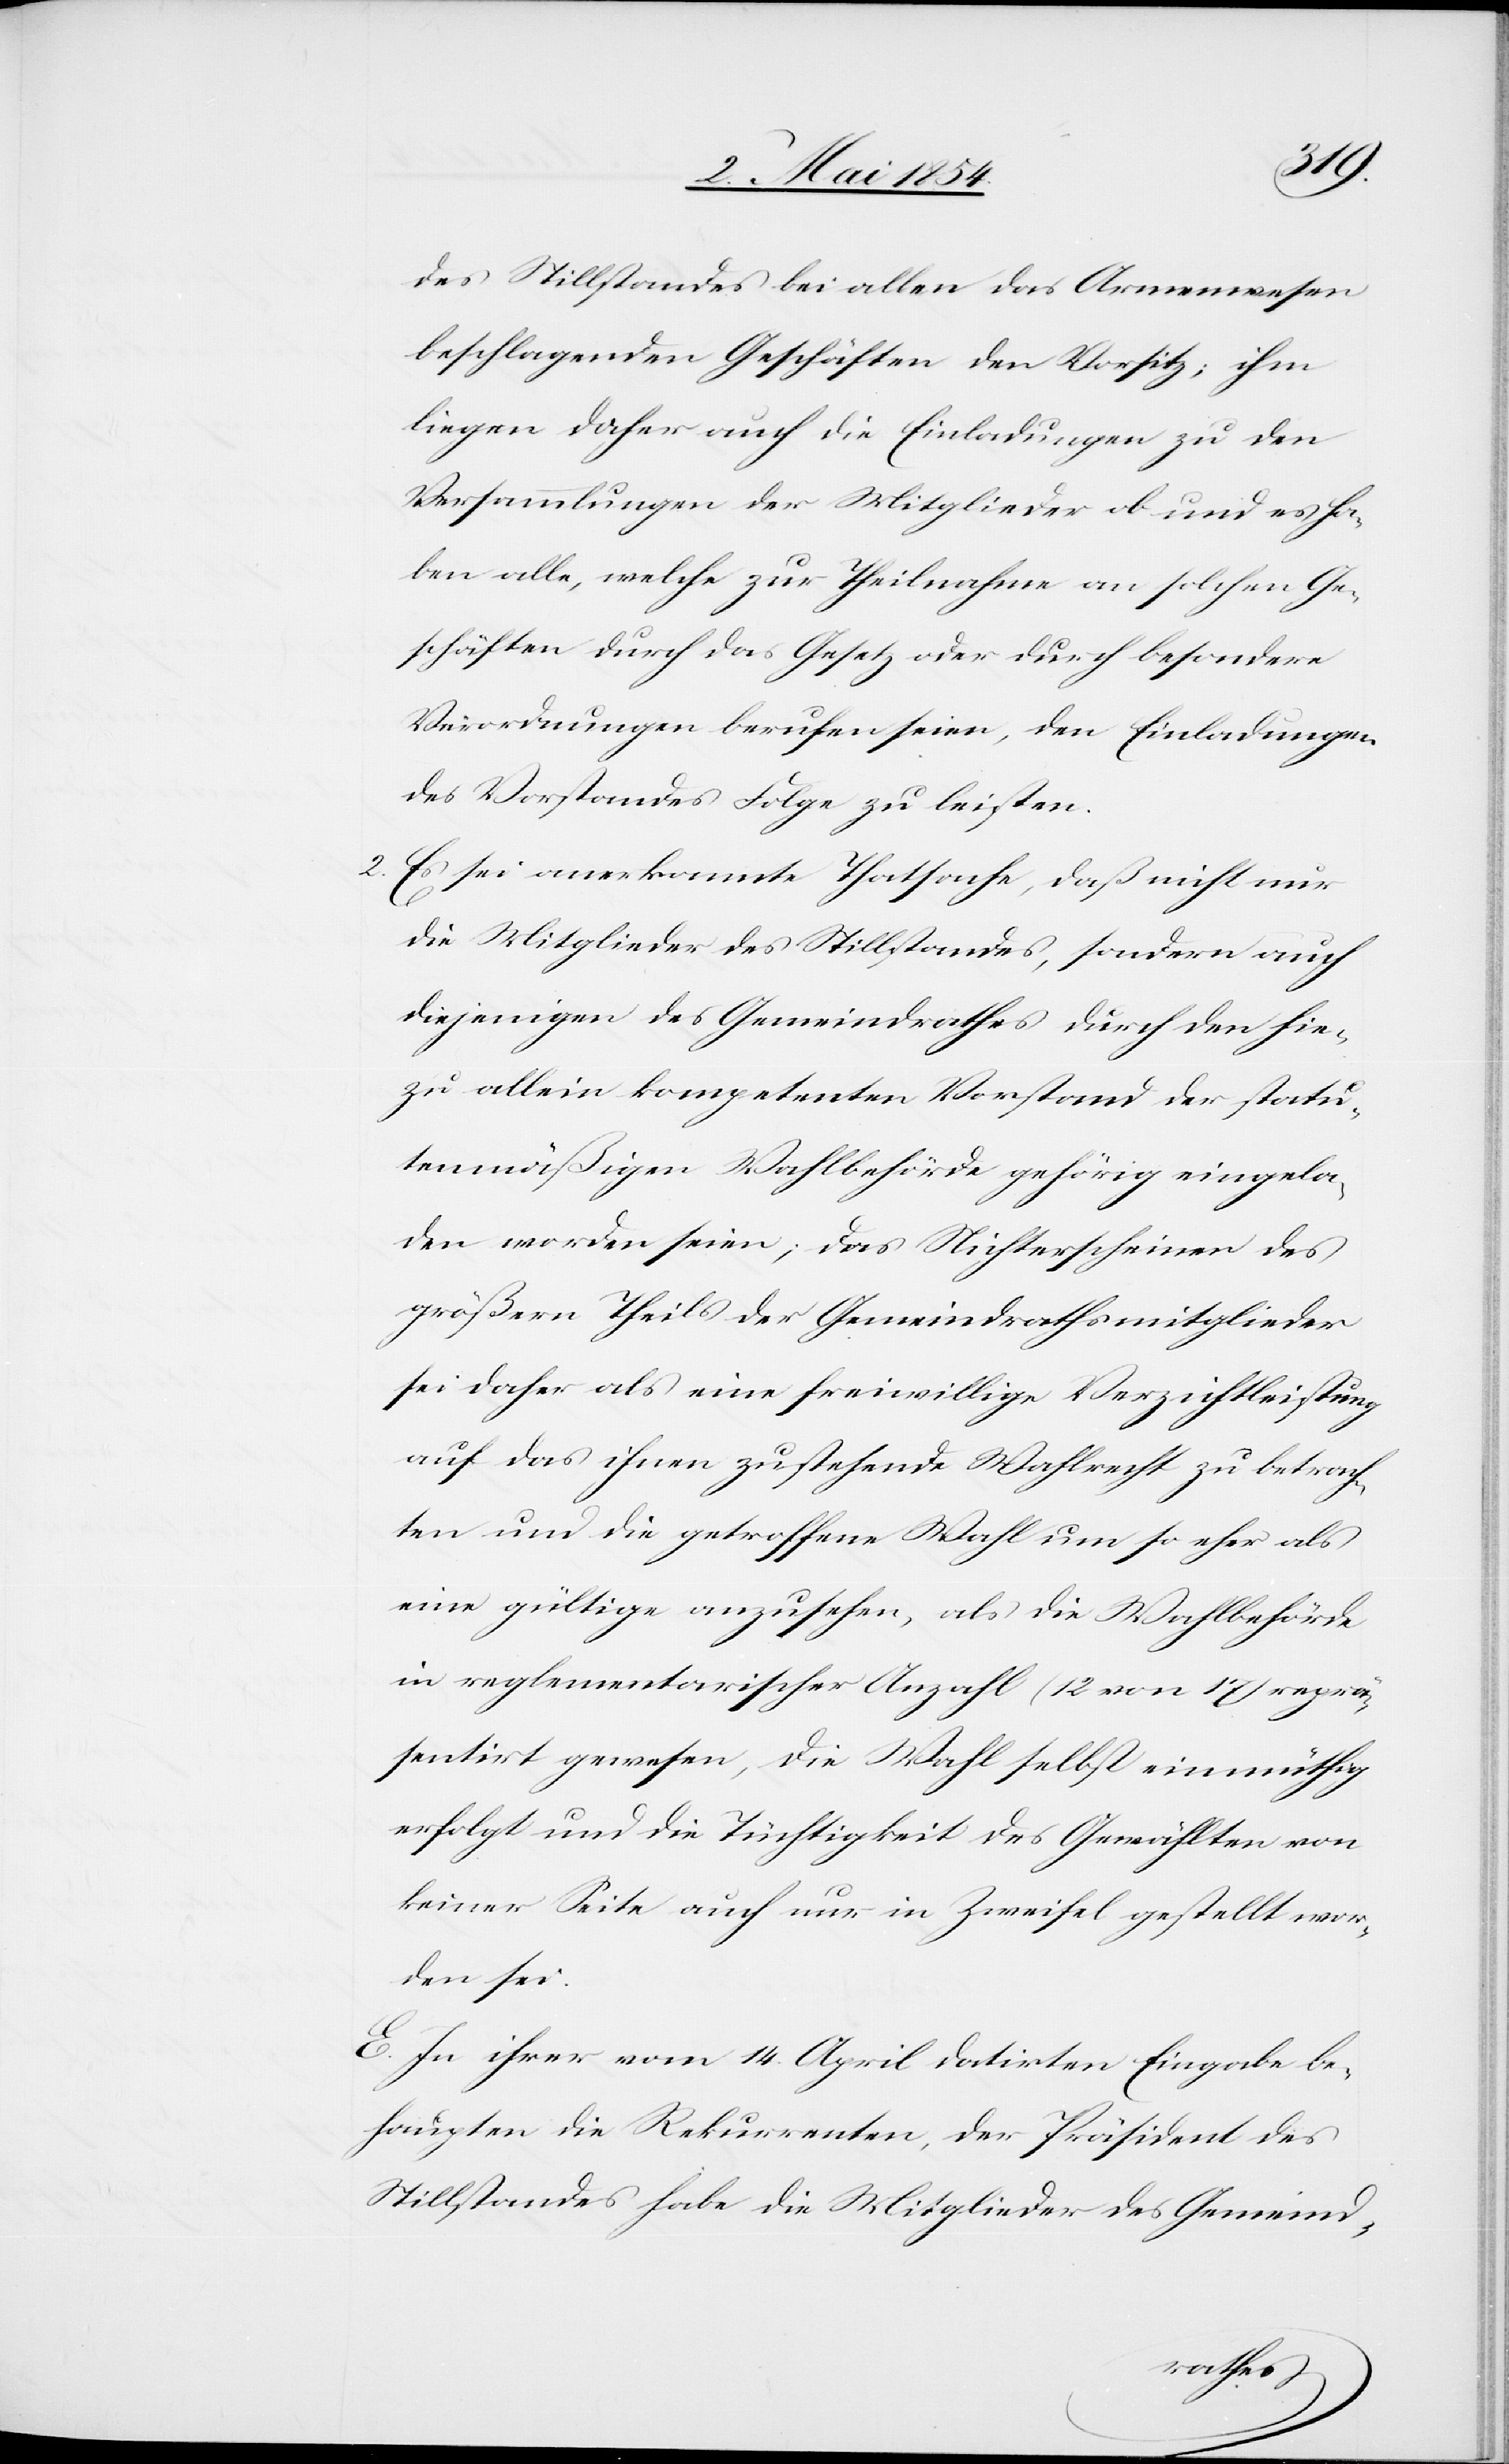
des Stillstandes bei allen das Armenwesen
beschlagenden Geschäften den Vorsitz; ihm
liegen daher auch die Einladungen zu den
Versammlungen der Mitglieder ob und es ha¬
ben alle, welche zur Theilnahme an solchen Ge¬
schäften durch das Gesetz oder durch besondere
Verordnungen berufen seien, den Einladungen
des Vorstandes Folge zu leisten.
2. Es sei anerkannte Thatsache, daß nicht nur
die Mitglieder des Stillstandes, sondern auch
diejenigen des Gemeindrathes durch den hie¬
zu allein kompetenten Vorstand der statu¬
tenmäßigen Wahlbehörde gehörig eingela¬
den worden seien; das Nichterscheinen des
größern Theils der Gemeindrathsmitglieder
sei daher als eine freiwillige Verzichtsleistung
auf das ihnen zustehende Wahlrecht zu betrach¬
ten und die getroffene Wahl um so eher als
eine gültige anzusehen, als die Wahlbehörde
in reglementarischer Anzahl (12 von 17) reprä¬
sentirt gewesen, die Wahl selbst einmüthig
erfolgt und die Tüchtigkeit des Gewählten von
keiner Seite auch nur in Zweifel gestellt wor¬
den sei.
E. In ihrer vom 14. April datirten Eingabe be¬
haupten die Rekurrenten, der Präsident des
Stillstandes habe die Mitglieder des Gemeind-